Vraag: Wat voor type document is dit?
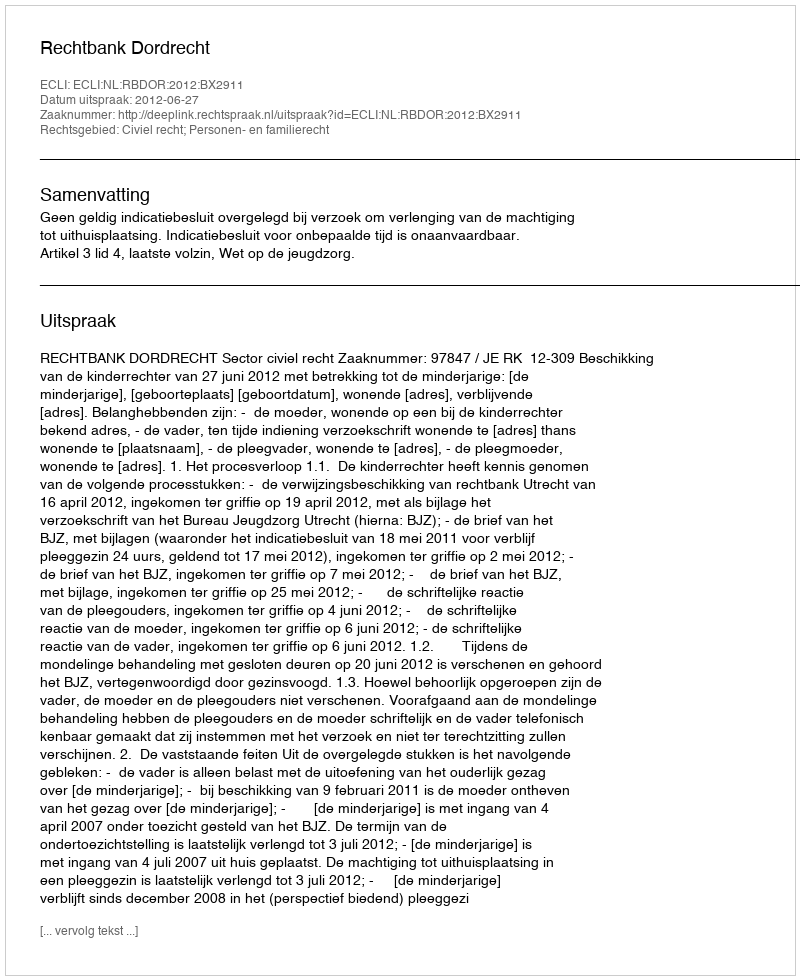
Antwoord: Uitspraak